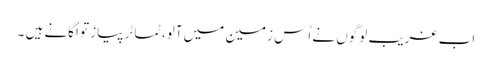
اب غریب لوگوں نے اُس زمین میں آلو،ٹماٹر پیاز تو اُگانے ہیں ۔